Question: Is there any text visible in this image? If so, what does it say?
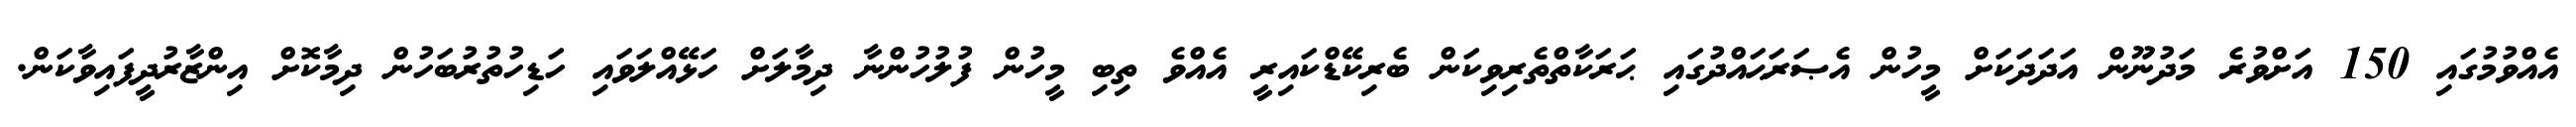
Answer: އެއްވުމުގައި 150 އަށްވުރެ މަދުނޫން އަދަދަކަށް މީހުން އެޞަރަޙައްދުގައި ޙަރަކާތްތެރިވިކަން ބެރިކޭޑްކައިރީ އެއްވެ ތިބި މީހުން ފުލުހުންނާ ދިމާލަށް ހަޅޭއްލަވައި ހަޑިހުތުރުބަހުން ދިމާކޮށް އިންޒާރުދީފައިވާކަން.